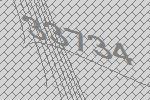
33734